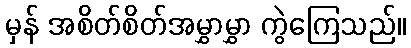
မှန် အစိတ်စိတ်အမွှာမွှာ ကွဲကြေသည်။